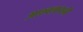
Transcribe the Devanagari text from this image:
आश्वलायनी